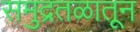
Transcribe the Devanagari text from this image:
समुद्रतळातून